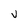
Character: V